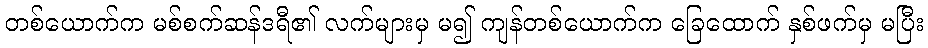
တစ်ယောက်က မစ်စက်ဆန်ဒရီ၏ လက်များမှ မ၍ ကျန်တစ်ယောက်က ခြေထောက် နှစ်ဖက်မှ မပြီး